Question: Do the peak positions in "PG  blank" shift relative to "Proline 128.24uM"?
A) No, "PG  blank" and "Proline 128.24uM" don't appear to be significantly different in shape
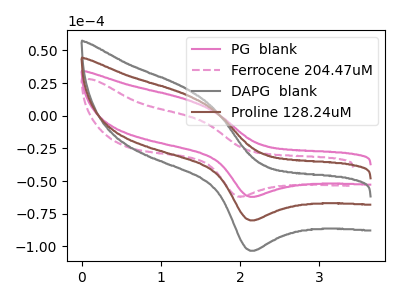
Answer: <think>The pink curve "PG  blank" has an anodic peak at (1.35V, 11.95uA) and a cathodic peak at (2.15V, -62.05uA). The pink dashed curve "Ferrocene 204.47uM" has an anodic peak at (1.55V, -4.30uA) and a cathodic peak at (1.95V, -61.75uA). The gray curve "DAPG  blank" has an anodic peak at (1.35V, 30.85uA) and a cathodic peak at (2.15V, -160.10uA). The brown curve "Proline 128.24uM" has an anodic peak at (1.35V, 15.45uA) and a cathodic peak at (2.15V, -80.05uA).
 All the peaks in "PG  blank" have a peak in "Proline 128.24uM" at the same potential. Every peak in "PG  blank" is lower than every peak in "Proline 128.24uM".</think>
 <answer>A) No, "PG  blank" and "Proline 128.24uM" don't appear to be significantly different in shape</answer>
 <eval>A</eval>